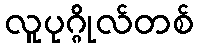
လူပုဂ္ဂိုလ်တစ်